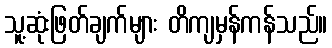
သူ့ဆုံးဖြတ်ချက်များ တိကျမှန်ကန်သည်။